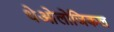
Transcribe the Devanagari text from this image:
थेओलोजिकल